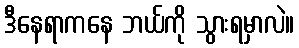
ဒီနေရာကနေ ဘယ်ကို သွားရမှာလဲ။